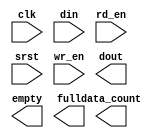
module rcvPackets(
	clk,
	din,
	rd_en,
	srst,
	wr_en,
	data_count,
	dout,
	empty,
	full);


input clk;
input [7 : 0] din;
input rd_en;
input srst;
input wr_en;
output [10 : 0] data_count;
output [7 : 0] dout;
output empty;
output full;

// synthesis translate_off

      FIFO_GENERATOR_V4_4 #(
		.C_COMMON_CLOCK(1),
		.C_COUNT_TYPE(0),
		.C_DATA_COUNT_WIDTH(11),
		.C_DEFAULT_VALUE("BlankString"),
		.C_DIN_WIDTH(8),
		.C_DOUT_RST_VAL("0"),
		.C_DOUT_WIDTH(8),
		.C_ENABLE_RLOCS(0),
		.C_FAMILY("virtex2"),
		.C_FULL_FLAGS_RST_VAL(0),
		.C_HAS_ALMOST_EMPTY(0),
		.C_HAS_ALMOST_FULL(0),
		.C_HAS_BACKUP(0),
		.C_HAS_DATA_COUNT(1),
		.C_HAS_INT_CLK(0),
		.C_HAS_MEMINIT_FILE(0),
		.C_HAS_OVERFLOW(0),
		.C_HAS_RD_DATA_COUNT(0),
		.C_HAS_RD_RST(0),
		.C_HAS_RST(0),
		.C_HAS_SRST(1),
		.C_HAS_UNDERFLOW(0),
		.C_HAS_VALID(0),
		.C_HAS_WR_ACK(0),
		.C_HAS_WR_DATA_COUNT(0),
		.C_HAS_WR_RST(0),
		.C_IMPLEMENTATION_TYPE(0),
		.C_INIT_WR_PNTR_VAL(0),
		.C_MEMORY_TYPE(1),
		.C_MIF_FILE_NAME("BlankString"),
		.C_MSGON_VAL(1),
		.C_OPTIMIZATION_MODE(0),
		.C_OVERFLOW_LOW(0),
		.C_PRELOAD_LATENCY(1),
		.C_PRELOAD_REGS(0),
		.C_PRIM_FIFO_TYPE("2kx9"),
		.C_PROG_EMPTY_THRESH_ASSERT_VAL(2),
		.C_PROG_EMPTY_THRESH_NEGATE_VAL(3),
		.C_PROG_EMPTY_TYPE(0),
		.C_PROG_FULL_THRESH_ASSERT_VAL(2046),
		.C_PROG_FULL_THRESH_NEGATE_VAL(2045),
		.C_PROG_FULL_TYPE(0),
		.C_RD_DATA_COUNT_WIDTH(11),
		.C_RD_DEPTH(2048),
		.C_RD_FREQ(1),
		.C_RD_PNTR_WIDTH(11),
		.C_UNDERFLOW_LOW(0),
		.C_USE_DOUT_RST(0),
		.C_USE_ECC(0),
		.C_USE_EMBEDDED_REG(0),
		.C_USE_FIFO16_FLAGS(0),
		.C_USE_FWFT_DATA_COUNT(0),
		.C_VALID_LOW(0),
		.C_WR_ACK_LOW(0),
		.C_WR_DATA_COUNT_WIDTH(11),
		.C_WR_DEPTH(2048),
		.C_WR_FREQ(1),
		.C_WR_PNTR_WIDTH(11),
		.C_WR_RESPONSE_LATENCY(1))
	inst (
		.CLK(clk),
		.DIN(din),
		.RD_EN(rd_en),
		.SRST(srst),
		.WR_EN(wr_en),
		.DATA_COUNT(data_count),
		.DOUT(dout),
		.EMPTY(empty),
		.FULL(full),
		.INT_CLK(),
		.BACKUP(),
		.BACKUP_MARKER(),
		.PROG_EMPTY_THRESH(),
		.PROG_EMPTY_THRESH_ASSERT(),
		.PROG_EMPTY_THRESH_NEGATE(),
		.PROG_FULL_THRESH(),
		.PROG_FULL_THRESH_ASSERT(),
		.PROG_FULL_THRESH_NEGATE(),
		.RD_CLK(),
		.RD_RST(),
		.RST(),
		.WR_CLK(),
		.WR_RST(),
		.ALMOST_EMPTY(),
		.ALMOST_FULL(),
		.OVERFLOW(),
		.PROG_EMPTY(),
		.PROG_FULL(),
		.VALID(),
		.RD_DATA_COUNT(),
		.UNDERFLOW(),
		.WR_ACK(),
		.WR_DATA_COUNT(),
		.SBITERR(),
		.DBITERR());


// synthesis translate_on

// XST black box declaration
// box_type "black_box"
// synthesis attribute box_type of rcvPackets is "black_box"

endmodule